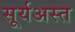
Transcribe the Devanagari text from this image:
सूर्यअस्त